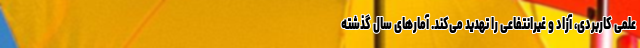
علمی کاربردی، آزاد و غیرانتفاعی را تهدید می‌کند. آمارهای سال گذشته